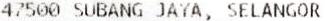
47500 SUBANG JAYA, SELANGOR